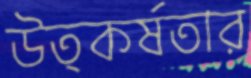
উত্কর্ষতার